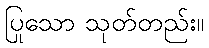
ပြုသော သုတ်တည်း။